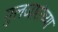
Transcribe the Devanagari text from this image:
गुलजारांच्या